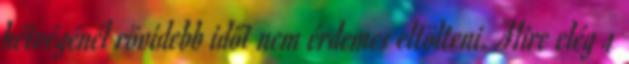
hétvégénél rövidebb időt nem érdemes eltölteni. Mire elég 4